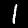
Label: 1